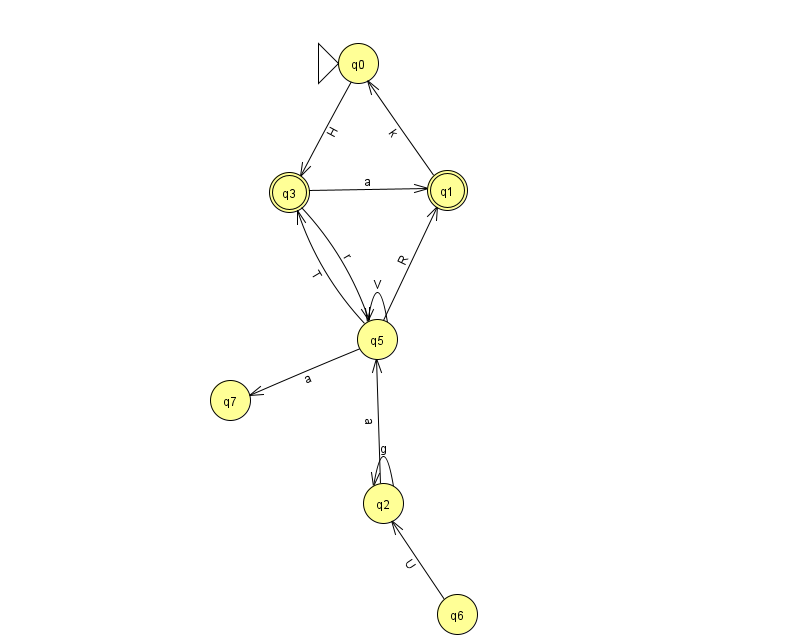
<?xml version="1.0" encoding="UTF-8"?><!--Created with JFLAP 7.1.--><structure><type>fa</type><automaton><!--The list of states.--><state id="0" name="q0"><x>358.0</x><y>50.0</y><initial/></state><state id="1" name="q1"><x>447.0</x><y>177.0</y><final/></state><state id="2" name="q2"><x>383.0</x><y>490.0</y></state><state id="3" name="q3"><x>289.0</x><y>179.0</y><final/></state><state id="5" name="q5"><x>377.0</x><y>326.0</y></state><state id="6" name="q6"><x>457.0</x><y>601.0</y></state><state id="7" name="q7"><x>230.0</x><y>387.0</y></state><!--The list of transitions.--><transition><from>0</from><to>3</to><read>H</read></transition><transition><from>2</from><to>5</to><read>a</read></transition><transition><from>3</from><to>1</to><read>a</read></transition><transition><from>1</from><to>0</to><read>k</read></transition><transition><from>5</from><to>5</to><read>V</read></transition><transition><from>5</from><to>7</to><read>a</read></transition><transition><from>2</from><to>2</to><read>g</read></transition><transition><from>5</from><to>3</to><read>T</read></transition><transition><from>5</from><to>1</to><read>R</read></transition><transition><from>6</from><to>2</to><read>U</read></transition><transition><from>3</from><to>5</to><read>r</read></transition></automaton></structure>